Lunatic asylums United Provinces 1909-1921 - 1909-1921
Year: 1909
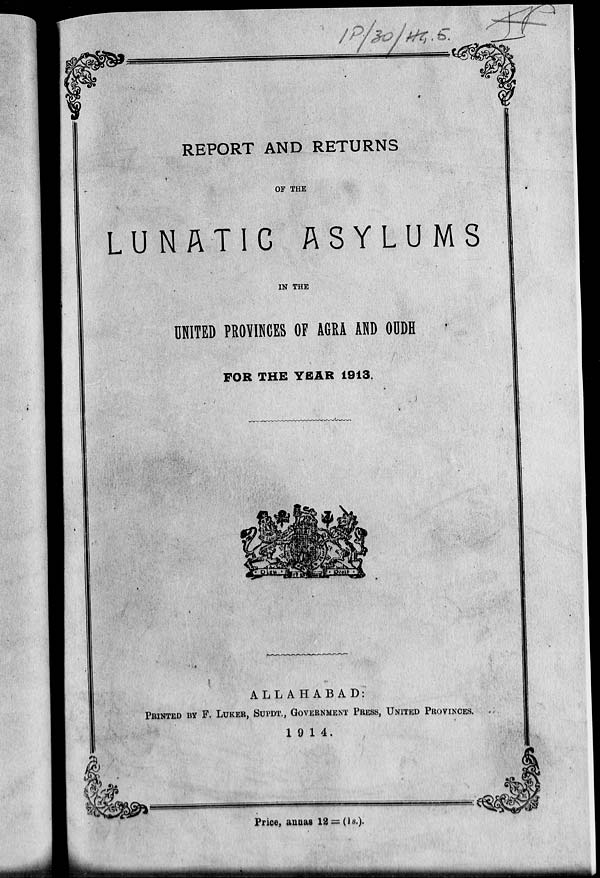
p.
I*?/30/#%■, ■£.
REPORT AND RETURNS
OF THE
LUNATIC ASYLUMS
IN THE
UNITED PROVINCES OF AGRA AND ODDH
FOR THE YEAR 1913.
ALLAHABAD:
PRINTED BY F. LUKER, SUPDT., GOVERNMENT PRESS, UNITED PROVINCES.
19 14.
Price, annas 12 = (!«.)•